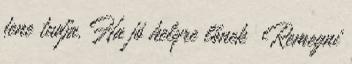
fene tudja. Ha jó helyre lőnek Remegni